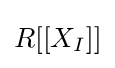
R[[X_{I}]]